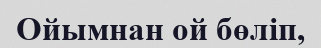
Ойымнан ой бөліп,